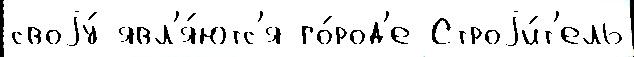
своjу́ явл'я́ютс'я го́род'е Строjи́т'ель